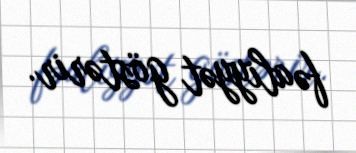
fəaliyyət göstərir.